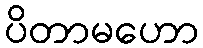
ပိတာမဟော